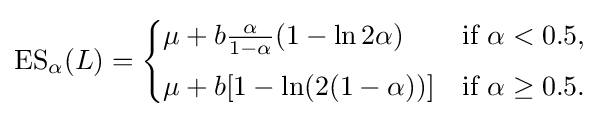
\operatorname {ES} _{\alpha }(L)={\begin{cases}\mu +b{\frac {\alpha }{1-\alpha }}(1-\ln 2\alpha )&{\text{if }}\alpha <0.5,\\[4pt]\mu +b[1-\ln(2(1-\alpha ))]&{\text{if }}\alpha \geq 0.5.\end{cases}}